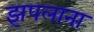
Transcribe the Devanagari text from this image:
झपलाना